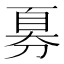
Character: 𫦍